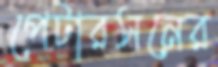
পেটারসনের